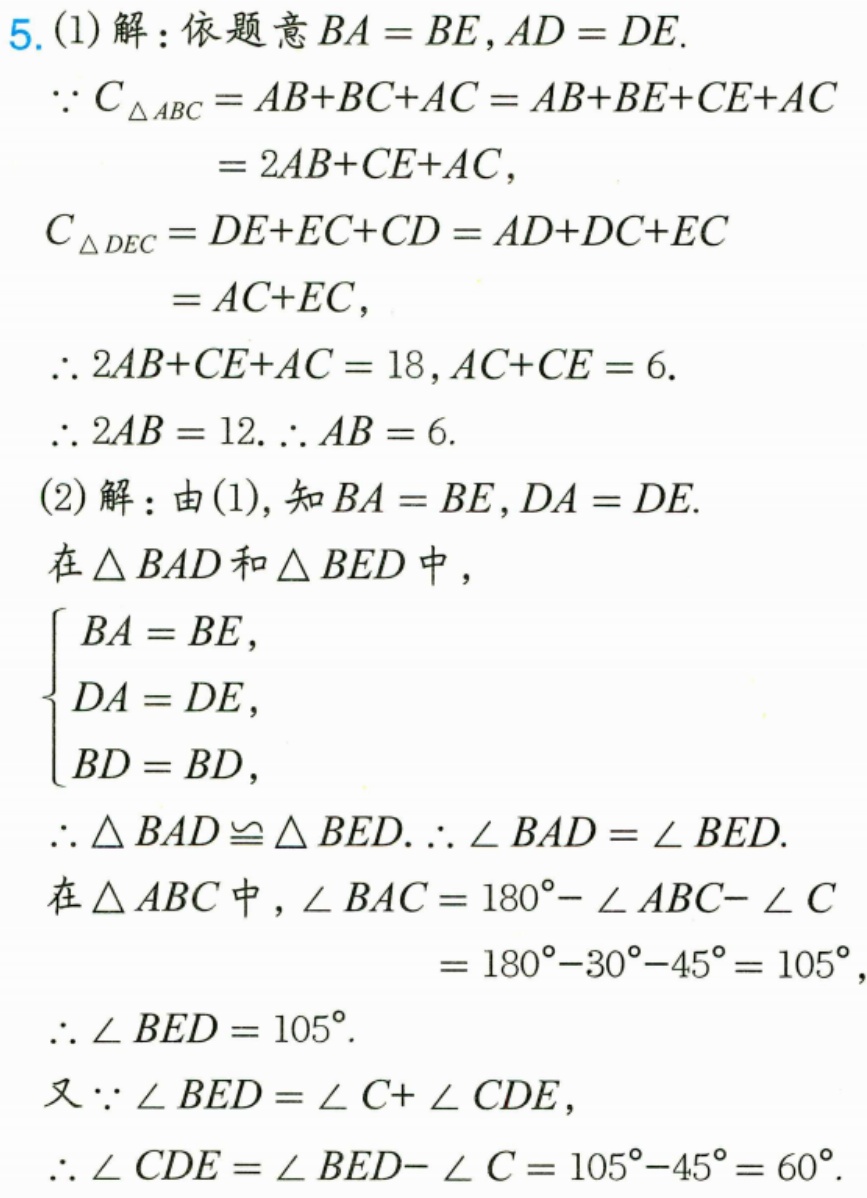
5. (1)解：依题意\(BA = BE\)，\(AD = DE\).
\(\because C_{\triangle ABC}=AB + BC + AC=AB + BE + CE + AC\)
\(=2AB + CE + AC\)，
\(C_{\triangle DEC}=DE + EC + CD=AD + DC + EC\)
\(=AC + EC\)，
\(\therefore 2AB + CE + AC = 18\)，\(AC + CE = 6\).
\(\therefore 2AB = 12\). \(\therefore AB = 6\).
(2)解：由(1)，知\(BA = BE\)，\(DA = DE\).
在\(\triangle BAD\)和\(\triangle BED\)中，
\(\begin{cases}
BA = BE,\\
DA = DE,\\
BD = BD,
\end{cases}\)
\(\therefore \triangle BAD\cong\triangle BED\). \(\therefore \angle BAD=\angle BED\).
在\(\triangle ABC\)中，\(\angle BAC = 180^{\circ}-\angle ABC - \angle C\)
\(=180^{\circ}-30^{\circ}-45^{\circ}=105^{\circ}\)，
\(\therefore \angle BED = 105^{\circ}\).
又\(\because \angle BED=\angle C+\angle CDE\)，
\(\therefore \angle CDE=\angle BED - \angle C=105^{\circ}-45^{\circ}=60^{\circ}\).